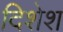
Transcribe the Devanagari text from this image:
दिशेश